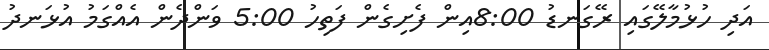
އަދި ހުޅުމާލޭގައި ރޭގަނޑު 8:00އިން ފެށިގެން ފަތިހު 5:00 ވަންދެން އެއްގަމު އުޅަނދު